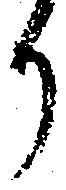
り